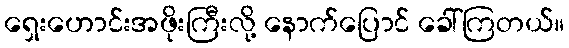
ရှေးဟောင်းအဖိုးကြီးလို့ နောက်ပြောင် ခေါ်ကြတယ်။